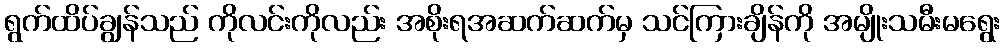
ရွက်ထိပ်ချွန်သည် ကိုလင်းကိုလည်း အစိုးရအဆက်ဆက်မှ သင်ကြားချိန်ကို အမျိုးသမီးမရွေး